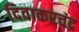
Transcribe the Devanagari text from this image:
दिवाकरचंद्र